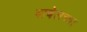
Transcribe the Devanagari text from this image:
बाबेलच्या